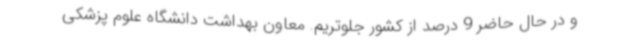
و در حال حاضر 9 درصد از کشور جلوتریم. معاون بهداشت دانشگاه علوم پزشکی